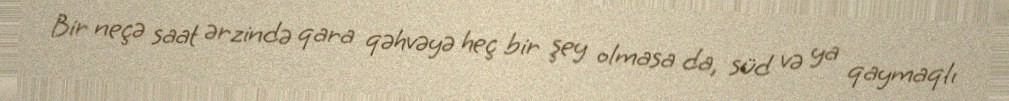
Bir neçə saat ərzində qara qəhvəyə heç bir şey olmasa da, süd və ya qaymaqlı